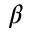
\beta